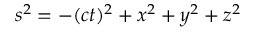
s ^ { 2 } = - ( c t ) ^ { 2 } + x ^ { 2 } + y ^ { 2 } + z ^ { 2 }